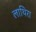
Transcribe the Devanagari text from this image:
लाथिरा